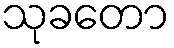
သုခတော